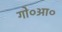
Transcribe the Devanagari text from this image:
गो०आ०